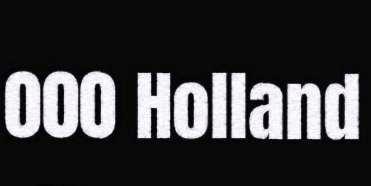
000 Holland